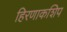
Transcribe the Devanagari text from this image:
हिरणाकशिप